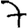
Digit: 7